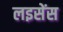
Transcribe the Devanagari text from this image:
लइसेंस